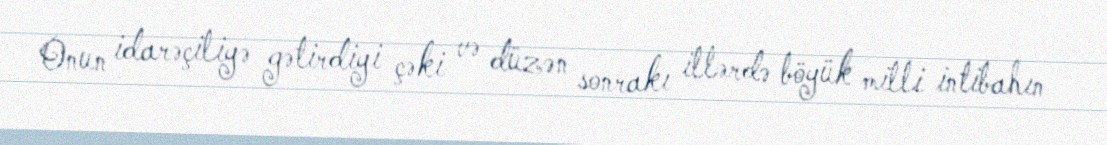
Onun idarəçiliyə gətirdiyi çəki və düzən sonrakı illərdə böyük milli intibahın